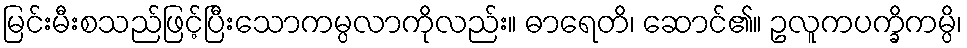
မြင်းမီးစသည်ဖြင့်ပြီးသောကမ္ပလာကိုလည်း။ ဓာရေတိ၊ ဆောင်၏။ ဥလူကပက္ခိကမ္ပိ၊